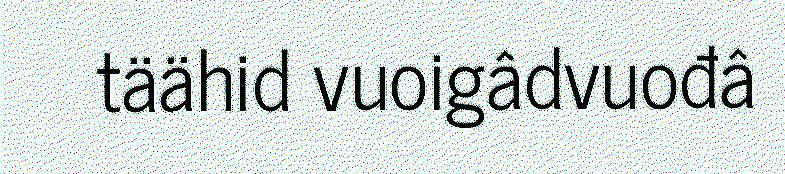
täähid vuoigâdvuođâ